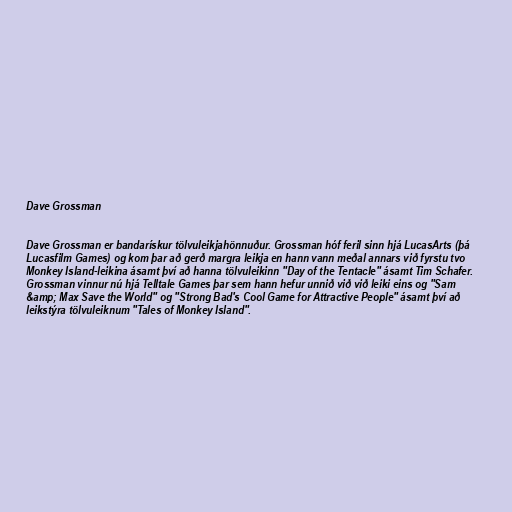
Dave Grossman

Dave Grossman er bandarískur tölvuleikjahönnuður. Grossman hóf feril sinn hjá LucasArts (þá
Lucasfilm Games) og kom þar að gerð margra leikja en hann vann meðal annars við fyrstu tvo
Monkey Island-leikina ásamt því að hanna tölvuleikinn "Day of the Tentacle" ásamt Tim Schafer.
Grossman vinnur nú hjá Telltale Games þar sem hann hefur unnið við við leiki eins og "Sam
&amp; Max Save the World" og "Strong Bad's Cool Game for Attractive People" ásamt því að
leikstýra tölvuleiknum "Tales of Monkey Island".